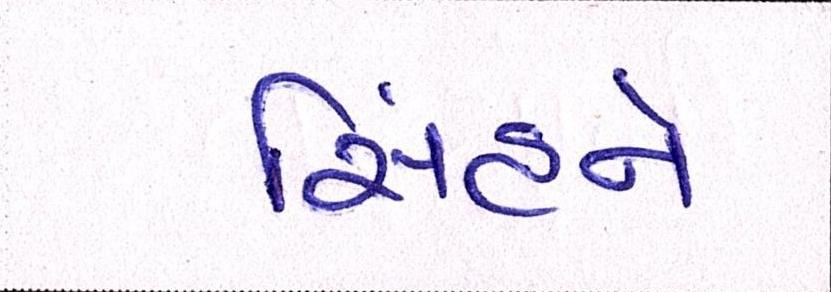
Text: સિંહને